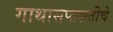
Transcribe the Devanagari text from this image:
गाथासप्तशतीचे